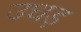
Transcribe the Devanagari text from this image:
उधड़